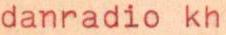
danradio kh